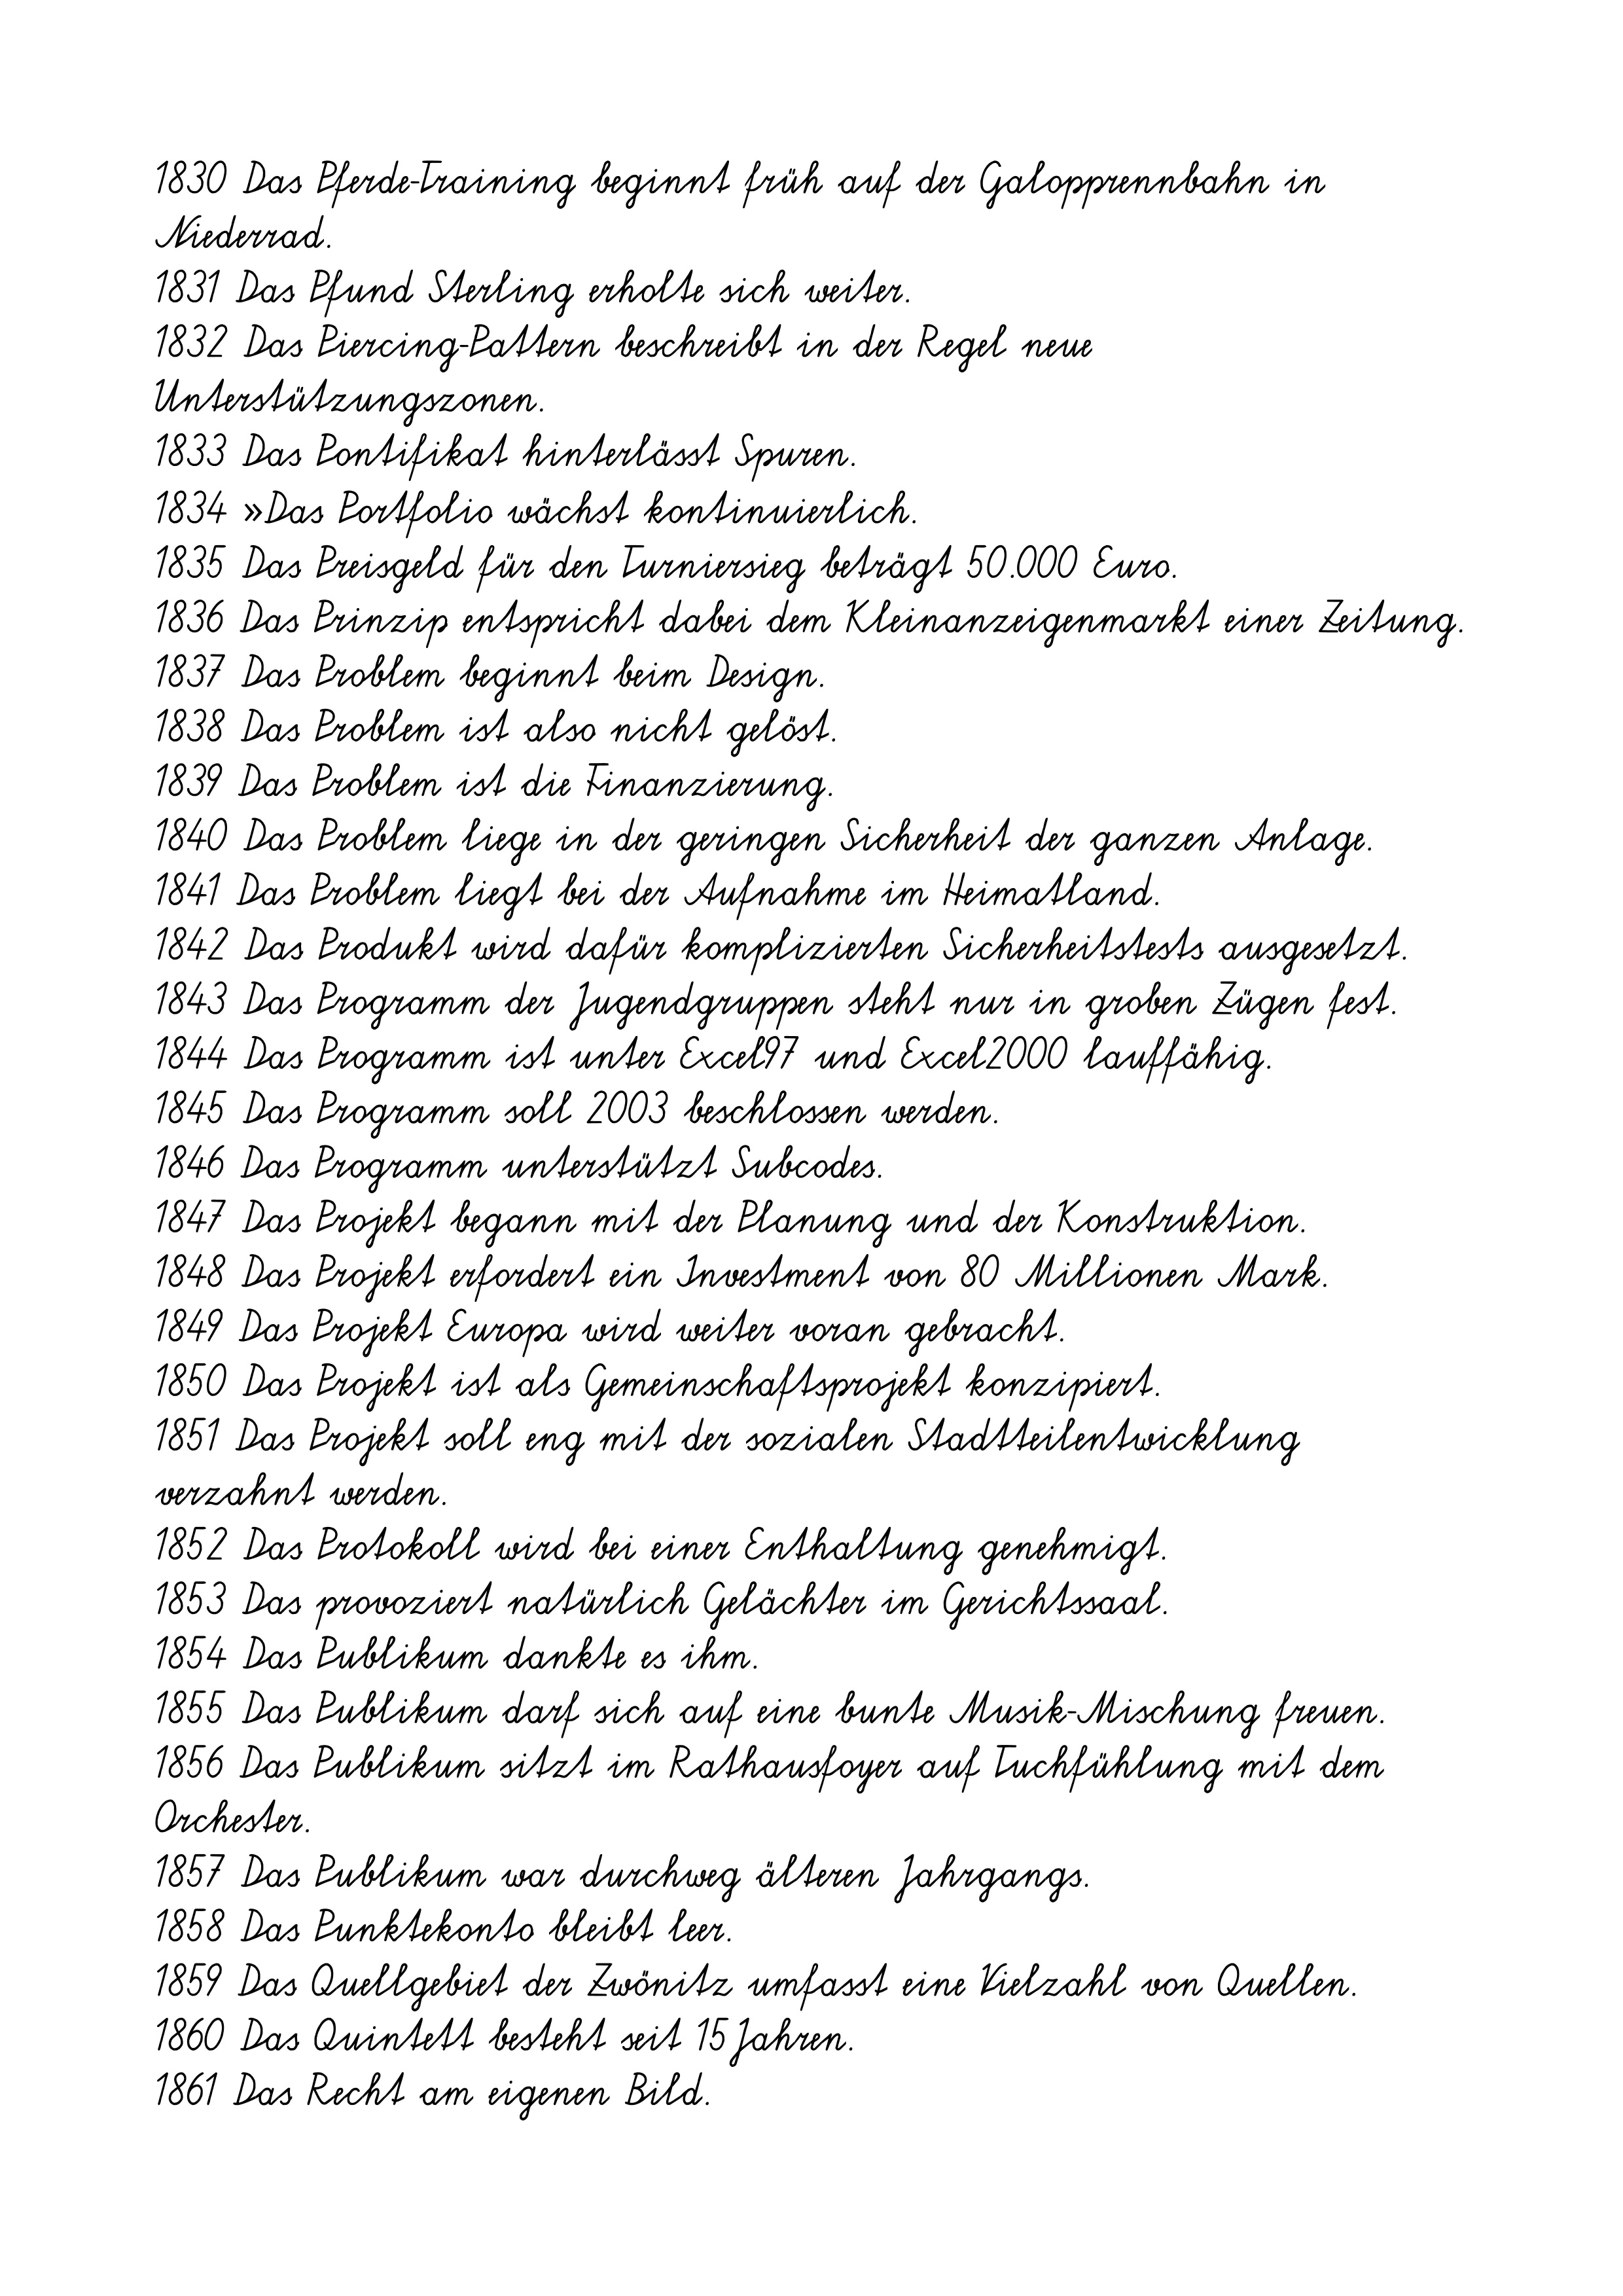
1830 Das Pferde-Training beginnt früh auf der Galopprennbahn in
Niederrad.
1831 Das Pfund Sterling erholte sich weiter.
1832 Das Piercing-Pattern beschreibt in der Regel neue
Unterstützungszonen.
1833 Das Pontifikat hinterlässt Spuren.
1834 »Das Portfolio wächst kontinuierlich.
1835 Das Preisgeld für den Turniersieg beträgt 50.000 Euro.
1836 Das Prinzip entspricht dabei dem Kleinanzeigenmarkt einer Zeitung.
1837 Das Problem beginnt beim Design.
1838 Das Problem ist also nicht gelöst.
1839 Das Problem ist die Finanzierung.
1840 Das Problem liege in der geringen Sicherheit der ganzen Anlage.
1841 Das Problem liegt bei der Aufnahme im Heimatland.
1842 Das Produkt wird dafür komplizierten Sicherheitstests ausgesetzt.
1843 Das Programm der Jugendgruppen steht nur in groben Zügen fest.
1844 Das Programm ist unter Excel97 und Excel2000 lauffähig.
1845 Das Programm soll 2003 beschlossen werden.
1846 Das Programm unterstützt Subcodes.
1847 Das Projekt begann mit der Planung und der Konstruktion.
1848 Das Projekt erfordert ein Investment von 80 Millionen Mark.
1849 Das Projekt Europa wird weiter voran gebracht.
1850 Das Projekt ist als Gemeinschaftsprojekt konzipiert.
1851 Das Projekt soll eng mit der sozialen Stadtteilentwicklung
verzahnt werden.
1852 Das Protokoll wird bei einer Enthaltung genehmigt.
1853 Das provoziert natürlich Gelächter im Gerichtssaal.
1854 Das Publikum dankte es ihm.
1855 Das Publikum darf sich auf eine bunte Musik-Mischung freuen.
1856 Das Publikum sitzt im Rathausfoyer auf Tuchfühlung mit dem
Orchester.
1857 Das Publikum war durchweg älteren Jahrgangs.
1858 Das Punktekonto bleibt leer.
1859 Das Quellgebiet der Zwönitz umfasst eine Vielzahl von Quellen.
1860 Das Quintett besteht seit 15Jahren.
1861 Das Recht am eigenen Bild.